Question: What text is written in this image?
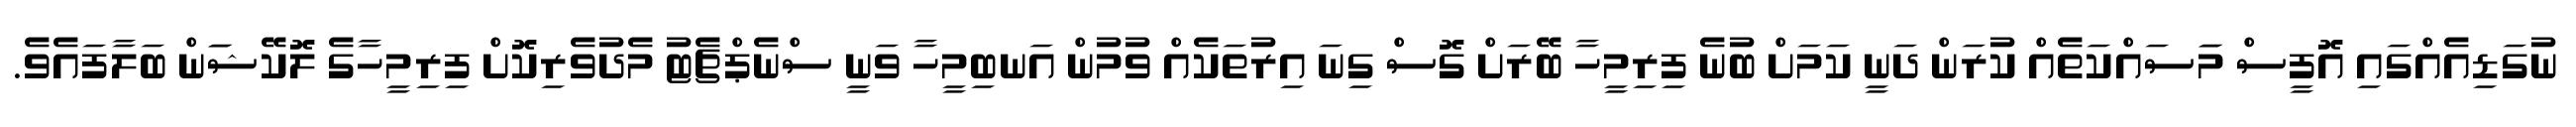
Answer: ނުގަޑިއެއްގައި އޮފީސް މަަސައްކަތެއް ކުރަން ދަނީ ކަމަށް ބުނެ ފިރިމީހާ ބޭރަށް ގޮސް ގިނަ އިރުތަކެއް ވުމުން އަނބިމީހާ ވަނީ ސްނެޕްޗެޓު މެދުވެރިކޮށް ފިރިމީހާގެ ލޮކޭޝަަން ބަލާފައެވެ.